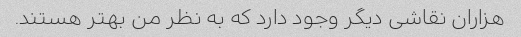
هزاران نقاشی دیگر وجود دارد که به نظر من بهتر هستند.